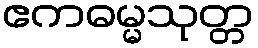
ဧကဓမ္မသုတ္တ